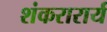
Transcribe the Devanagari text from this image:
शंकरारार्य